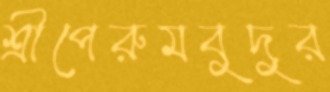
শ্রীপেরুমবুদুর